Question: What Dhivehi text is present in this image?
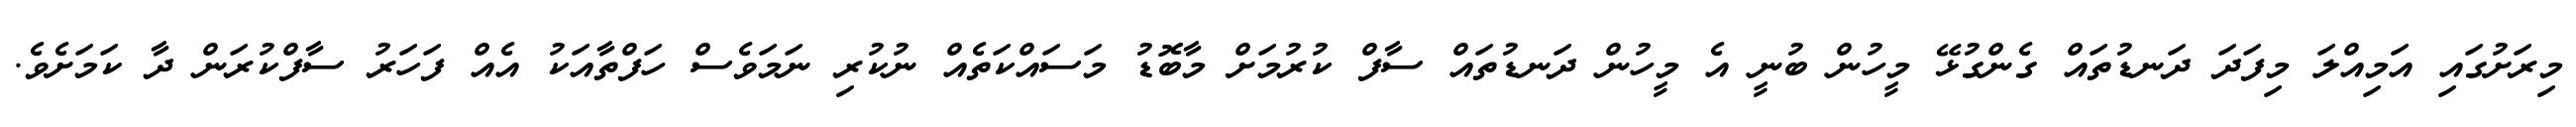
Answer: މިރަށުގައި އަމިއްލަ މިފަދަ ދަނޑުތައް ގެންގުޅޭ މީހުން ބުނީ އެ މީހުން ދަނޑުތައް ސާފް ކުރުމަށް މާބޮޑު މަސައްކަތެއް ނުކުރި ނަމަވެސް ހަފްތާއަކު އެއް ފަހަރު ސާފްކުރަން ދާ ކަމަށެވެ.